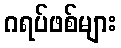
ဂရပ်ဖစ်များ